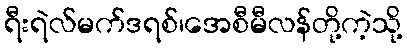
ရီးရဲလ်မက်ဒရစ်၊အေစီမီလန်တို့ကဲ့သို့